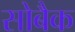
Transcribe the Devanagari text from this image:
सोबैक